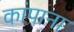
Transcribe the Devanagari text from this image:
कांपाना